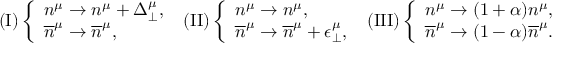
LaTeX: ( \mathrm { I } ) \left\{ \begin{array} { l } { { n ^ { \mu } \rightarrow n ^ { \mu } + \Delta _ { \perp } ^ { \mu } , } } \\ { { \overline { { { n } } } ^ { \mu } \rightarrow \overline { { { n } } } ^ { \mu } , } } \end{array} \right. \ ( \mathrm { I I } ) \left\{ \begin{array} { l } { { n ^ { \mu } \rightarrow n ^ { \mu } , } } \\ { { \overline { { { n } } } ^ { \mu } \rightarrow \overline { { { n } } } ^ { \mu } + \epsilon _ { \perp } ^ { \mu } , } } \end{array} \right. \ ( \mathrm { I I I } ) \left\{ \begin{array} { l } { { n ^ { \mu } \rightarrow ( 1 + \alpha ) n ^ { \mu } , } } \\ { { \overline { { { n } } } ^ { \mu } \rightarrow ( 1 - \alpha ) \overline { { { n } } } ^ { \mu } . } } \end{array} \right.